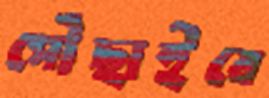
পৌঁছাইবে